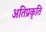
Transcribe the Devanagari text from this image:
अतिप्रकृति